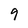
Character: 9